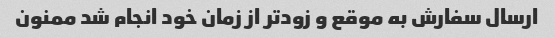
ارسال سفارش به موقع و زودتر از زمان خود انجام شد ممنون